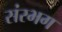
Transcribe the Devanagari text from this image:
संरभग